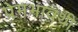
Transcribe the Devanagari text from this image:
प्रेमभावथी